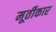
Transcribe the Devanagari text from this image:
मूर्तीकार